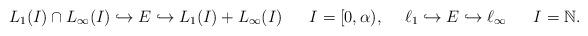
LaTeX: \begin{align*}L_1(I)\cap L_{\infty}(I)\hookrightarrow E\hookrightarrow L_1(I)+L_{\infty}(I) \ \ \ \ \ I=[0,\alpha), \ \ \ \ \ell_1\hookrightarrow E\hookrightarrow \ell_\infty \ \ \ \ \ I = \mathbb{N}.\end{align*}